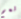
نعم